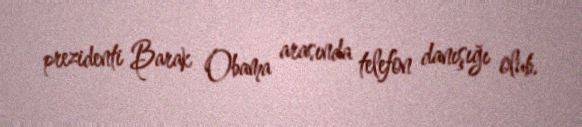
prezidenti Barak Obama arasında telefon danışığı olub.